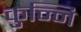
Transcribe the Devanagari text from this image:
कुन्नि